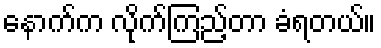
နောက်က လိုက်ကြည့်တာ ခံရတယ်။